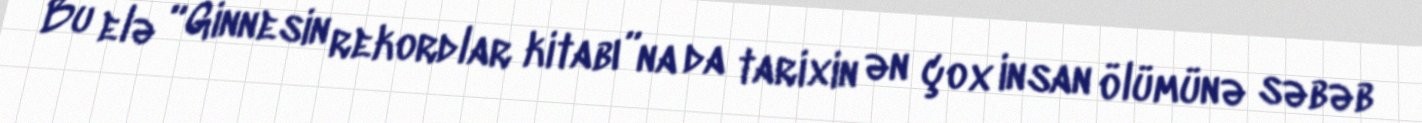
Bu elə “Ginnesin rekordlar kitabı”na da tarixin ən çox insan ölümünə səbəb